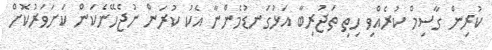
ކުރިން ގާސިމް ކުރެއްވި ހިތި ތަޖުރިބާ އަޅުގަނޑުމެންނާ އެކު ކުރަން ނުޖެހޭނެކަން ކަށަވަރުކޮށް